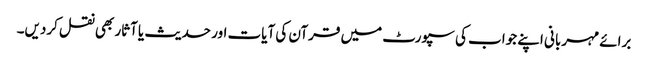
برائے مہربانی اپنے جواب کی سپورٹ میں قرآن کی آیات اور حدیث یا آثار بھی نقل کردیں۔